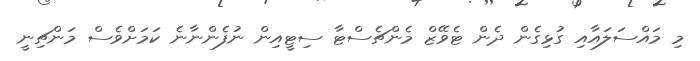
މި މައްސަލައާއި ގުޅިގެން ދެން ޓެވޭޒް މެންޗެސްޓާ ސިޓީއިން ނުފެންނާނެ ކަމަށްވެސް މަންޗިނީ